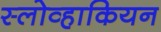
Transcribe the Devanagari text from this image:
स्लोव्हाकियन